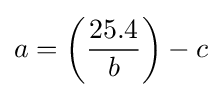
a=\left({\frac {25.4}{b}}\right)-c